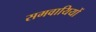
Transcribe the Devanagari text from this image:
समवायियों